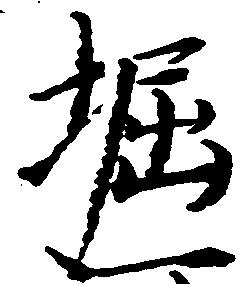
堀